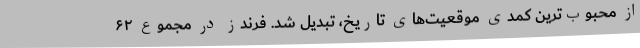
از محبوب‌ترین کمدی موقعیت‌های تاریخ، تبدیل شد. فرندز در مجموع ۶۲